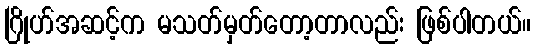
ဂြိုဟ်အဆင့်က မသတ်မှတ်တော့တာလည်း ဖြစ်ပါတယ်။